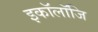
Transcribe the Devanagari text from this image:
इकॉलॉजि